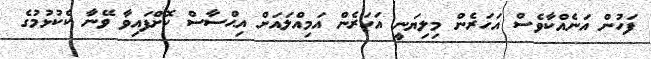
ފަހުން އަނެއްކާވެސް އަހަރެން މިލިޔަނީ އަހަރެން އަމިއްލައަށް އިޙްސާސް ކޮށްފައިވާ ވޭނާ ކެކުޅުމުގެ